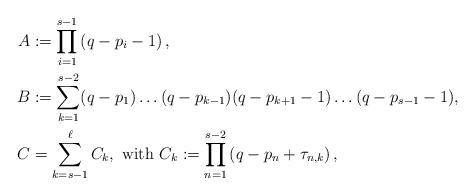
LaTeX: \begin{align*}A & := \prod_{i=1}^{s-1}\left(q- p_i-1 \right), \\B & := \sum_{k=1}^{s-2}(q-p_1)\ldots(q-p_{k-1})(q-p_{k+1}-1)\ldots(q-p_{s-1}-1), \\C & = \sum_{k=s-1}^{\ell}C_k, \mbox{ with } C_k:= \prod_{n=1}^{s-2}\left(q- p_n+\tau_{n,k} \right),\end{align*}